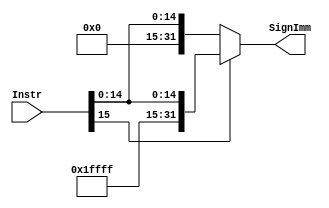

/*
// Module: Sign_Extend.v
// Description: Sign Extend verilog code //
// Owner : Mohamed Ayman
*/

module Sign_Extend 
#(parameter data_size = 32) 
(
    output  reg     [data_size-1:0]    SignImm,          
    input   wire    [15:0]              Instr
);

always @ (*)
begin
    if (Instr[15] == 0)
        SignImm = {{16{1'b0}},Instr};
    else
        SignImm = {{16{1'b1}},Instr};
end
endmodule